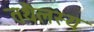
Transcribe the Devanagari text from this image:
तथैलस्य